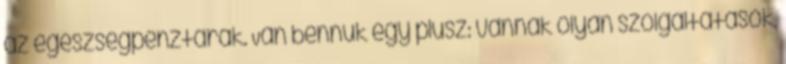
az egészségpénztárak. Van bennük egy plusz: vannak olyan szolgáltatások,